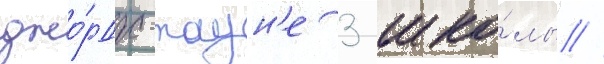
джо́рдж-таун'е 3 шко́лы //